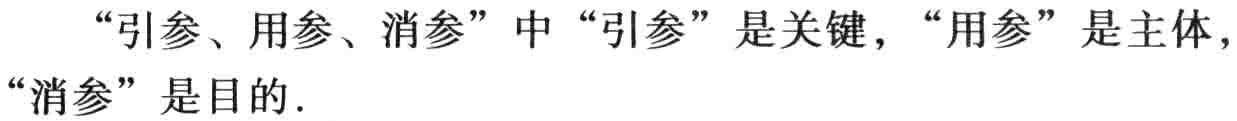
“引参、用参、消参”中“引参”是关键，“用参”是主体，“消参”是目的.